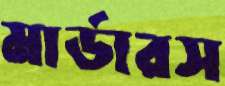
মার্ডারস